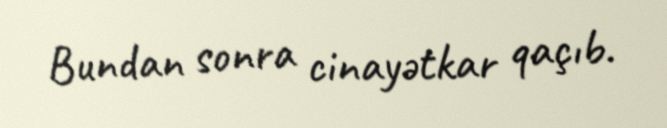
Bundan sonra cinayətkar qaçıb.